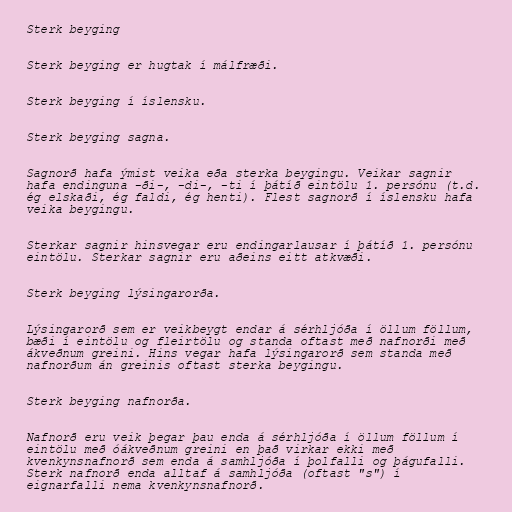
Sterk beyging

Sterk beyging er hugtak í málfræði.

Sterk beyging í íslensku.

Sterk beyging sagna.

Sagnorð hafa ýmist veika eða sterka beygingu. Veikar sagnir
hafa endinguna -ði-, -di-, -ti í þátíð eintölu 1. persónu (t.d.
ég elskaði, ég faldi, ég henti). Flest sagnorð í íslensku hafa
veika beygingu.

Sterkar sagnir hinsvegar eru endingarlausar í þátíð 1. persónu
eintölu. Sterkar sagnir eru aðeins eitt atkvæði.

Sterk beyging lýsingarorða.

Lýsingarorð sem er veikbeygt endar á sérhljóða í öllum föllum,
bæði í eintölu og fleirtölu og standa oftast með nafnorði með
ákveðnum greini. Hins vegar hafa lýsingarorð sem standa með
nafnorðum án greinis oftast sterka beygingu.

Sterk beyging nafnorða.

Nafnorð eru veik þegar þau enda á sérhljóða í öllum föllum í
eintölu með óákveðnum greini en það virkar ekki með
kvenkynsnafnorð sem enda á samhljóða í þolfalli og þágufalli.
Sterk nafnorð enda alltaf á samhljóða (oftast "s") í
eignarfalli nema kvenkynsnafnorð.